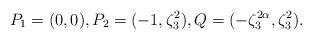
LaTeX: \begin{align*} P_1 = (0,0), P_2 = (-1,\zeta_3^2), Q = (-\zeta_3^{2\alpha},\zeta_3^2).\end{align*}